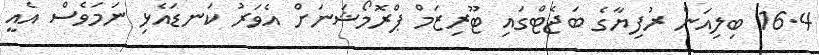
16.4 ބިލިއަން ރުފިޔާގެ ބަޖެޓްގައި ޓޫރިޒަމް ޕްރޮމޯޝަނަށް އެވަރު ކަނޑައެޅި ނަމަވެސް އެއީ